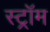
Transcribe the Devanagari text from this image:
स्ट्रॉम